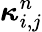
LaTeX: \boldsymbol{\kappa}_{i,j}^{n}